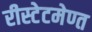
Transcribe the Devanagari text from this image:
रीस्टेटमेण्त